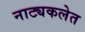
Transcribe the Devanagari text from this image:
नाट्यकलेत